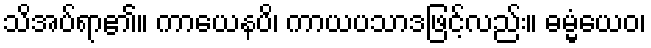
သိအပ်ရာ၏။ ကာယေနပိ၊ ကာယပသာဒဖြင့်လည်း။ ဓမ္မံယေဝ၊